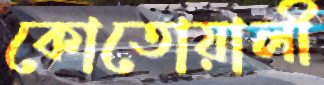
কোতোয়ালী